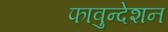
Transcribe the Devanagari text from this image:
फावुन्देशन